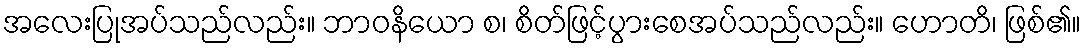
အလေးပြုအပ်သည်လည်း။ ဘာဝနိယော စ၊ စိတ်ဖြင့်ပွားစေအပ်သည်လည်း။ ဟောတိ၊ ဖြစ်၏။